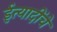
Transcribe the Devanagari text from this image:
ईत्यादींचे